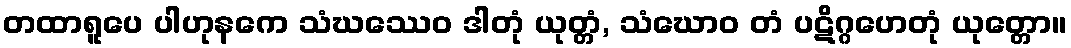
တထာရူပေ ပါဟုနကေ သံဃဿေဝ ဒါတုံ ယုတ္တံ, သံဃောဝ တံ ပဋိဂ္ဂဟေတုံ ယုတ္တော။